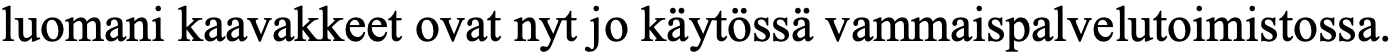
luomani kaavakkeet ovat nyt jo käytössä vammaispalvelutoimistossa.